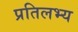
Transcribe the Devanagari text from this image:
प्रतिलभ्य